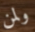
ولمن